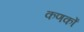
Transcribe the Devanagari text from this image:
कणकों